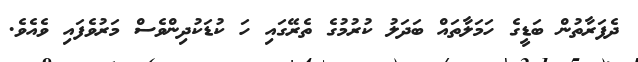
ދެފަރާތުން ބަޑީގެ ހަމަލާތައް ބަދަލު ކުރުމުގެ ތެރޭގައި ހަ ކުޑަކުދިންވެސް މަރުވެފައި ވެއެވެ.